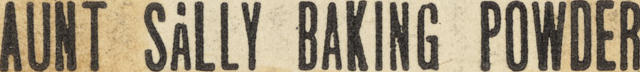
AUNT SALLY BAKING POWDER